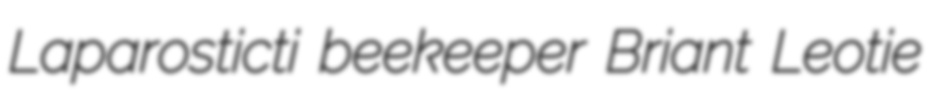
Laparosticti beekeeper Briant Leotie